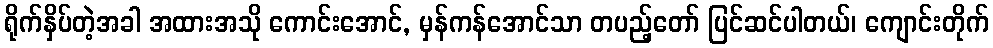
ရိုက်နှိပ်တဲ့အခါ အထားအသို ကောင်းအောင်, မှန်ကန်အောင်သာ တပည့်တော် ပြင်ဆင်ပါတယ်၊ ကျောင်းတိုက်